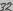
Text: 6